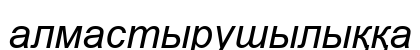
алмастырушылыққа